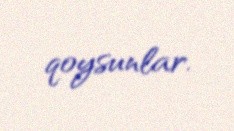
qoysunlar.